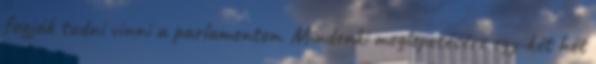
fogják tudni vinni a parlamenten. Mindenki meglepetésére egy-két hét